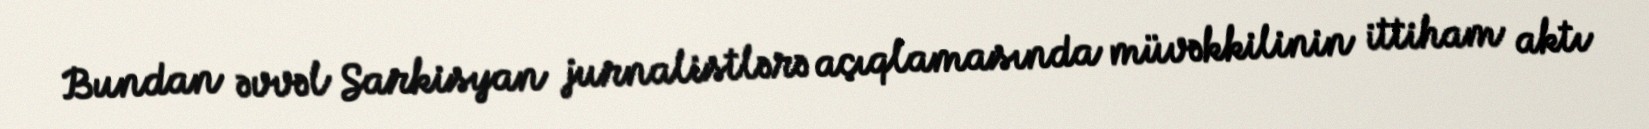
Bundan əvvəl Sarkisyan jurnalistlərə açıqlamasında müvəkkilinin ittiham aktı